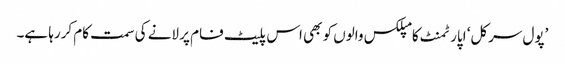
’پول سرکل‘ اپارٹمنٹ کامپلکس والوں کو بھی اس پلیٹ فام پر لانے کی سمت کام کررہا ہے۔